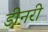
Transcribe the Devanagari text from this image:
डीनरी